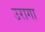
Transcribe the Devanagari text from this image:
उरागा